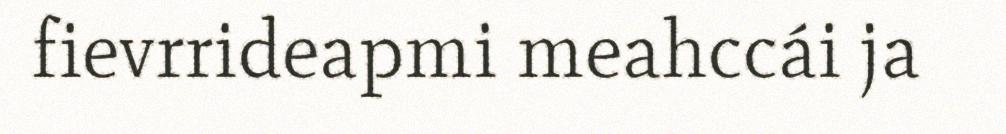
fievrrideapmi meahccái ja